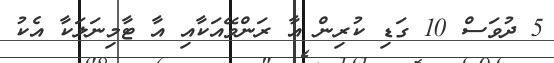
5 ދުވަސް 10 ގަޑި ކުރިން އާ ރަންވޭއަކާއި އާ ޓާމިނަލަކާ އެކު